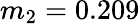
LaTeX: m_{2}=0.209